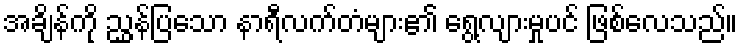
အချိန်ကို ညွှန်ပြသော နာရီလက်တံများ၏ ရွေ့လျားမှုပင် ဖြစ်လေသည်။